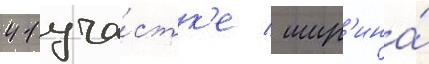
41 уча́стк'е / шир'ина́